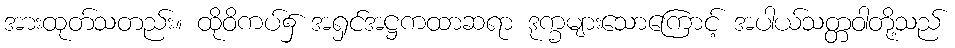
အားထုတ်သတည်း။ ထိုဝိကပ်၌ အရှင်အဋ္ဌကထာဆရာ ဒုက္ခများသောကြောင့် အပါယ်သတ္တဝါတို့သည်